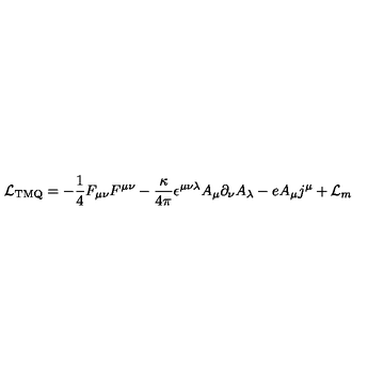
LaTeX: { \cal L } _ { \mathrm { T M Q } } = - \frac { 1 } { 4 } F _ { \mu \nu } F ^ { \mu \nu } - \frac { \kappa } { 4 \pi } \epsilon ^ { \mu \nu \lambda } A _ { \mu } \partial _ { \nu } A _ { \lambda } - e A _ { \mu } j ^ { \mu } + { \cal L } _ { m }